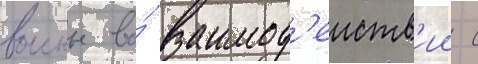
воины во́ взаимод'еиств'ии с